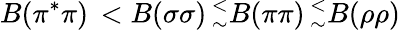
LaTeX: B(\pi^{\ast}\pi)\, <B(\sigma\sigma)\, _{\sim}^{<}B(\pi\pi)\, _{\sim}^{<}B(\rho\rho)